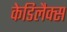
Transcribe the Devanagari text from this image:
केडिलैक्‍स